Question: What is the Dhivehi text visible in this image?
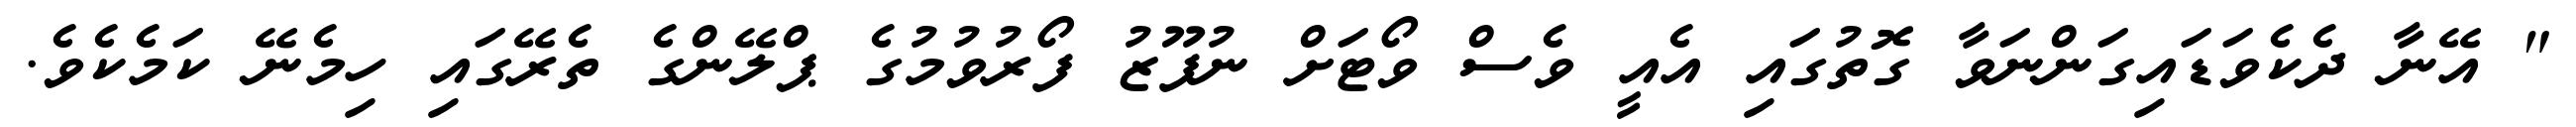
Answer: " އޭނާ ދެކެވަޑައިގަންނަވާ ގޮތުގައި އެއީ ވެސް ވޯޓަށް ނުފޫޒު ފޯރުވުމުގެ ޕްލޭންގެ ތެރޭގައި ހިމެނޭ ކަމެކެވެ.